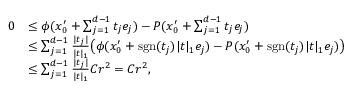
\begin{array} { r l } { 0 } & { \le \phi ( x _ { 0 } ^ { \prime } + \sum _ { j = 1 } ^ { d - 1 } t _ { j } e _ { j } ) - P ( x _ { 0 } ^ { \prime } + \sum _ { j = 1 } ^ { d - 1 } t _ { j } e _ { j } ) } \\ & { \le \sum _ { j = 1 } ^ { d - 1 } \frac { | t _ { j } | } { | t | _ { 1 } } \big ( \phi ( x _ { 0 } ^ { \prime } + \mathrm { s g n } ( t _ { j } ) | t | _ { 1 } e _ { j } ) - P ( x _ { 0 } ^ { \prime } + \mathrm { s g n } ( t _ { j } ) | t | _ { 1 } e _ { j } ) \big ) } \\ & { \le \sum _ { j = 1 } ^ { d - 1 } \frac { | t _ { j } | } { | t | _ { 1 } } C r ^ { 2 } = C r ^ { 2 } , } \end{array}